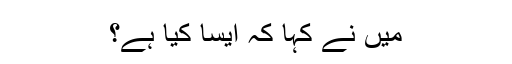
میں نے کہا کہ ایسا کیا ہے؟